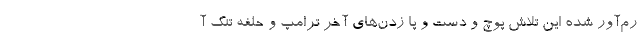
رم‌آور شده این تلاش پوچ و دست و پا زدن‌های آخر ترامپ و حلفه تنگ آ